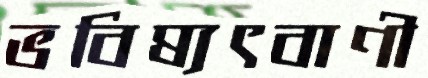
ভবিষ্যৎবাণী